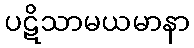
ပဋိသာမယမာနာ